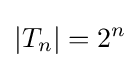
|T_{n}|=2^{n}